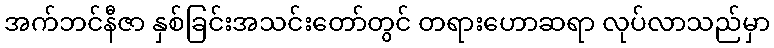
အက်ဘင်နီဇာ နှစ်ခြင်းအသင်းတော်တွင် တရားဟောဆရာ လုပ်လာသည်မှာ